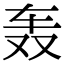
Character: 轰